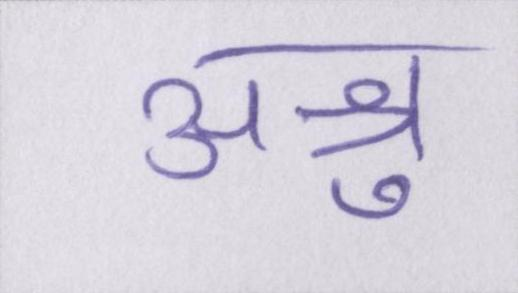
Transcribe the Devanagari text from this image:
अश्रु